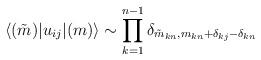
LaTeX: \begin{align*}\langle (\tilde{m})|u_{ij}| (m)\rangle\sim\prod_{k=1}^{n-1}\delta_{\tilde{m}_{kn}, m_{kn}+\delta_{kj}-\delta_{kn}}\end{align*}